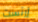
إرنست